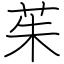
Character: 茱